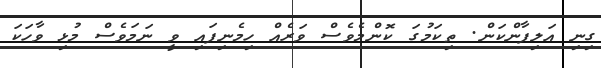
ގިނި އަލިފާންކަން. ތިކަމުގަ ކޮންމެވެސް ވަރެއް ހިމެނިފައި ވީ ނަމަވެސް މުޅި ވާހަކަ